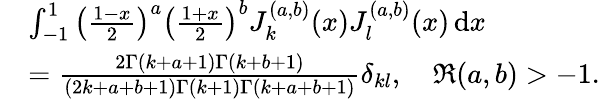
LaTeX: \begin{array}{rl}&{\int_{-1}^{1}\left(\frac{1-x}{2}\right)^{a}\left(\frac{1+x}{2}\right)^{b}J_{k}^{(a,b)}(x)J_{l}^{(a,b)}(x)\, \mathrm{d}x}\\ &{=\frac{2\Gamma(k+a+1)\Gamma(k+b+1)}{(2k+a+b+1)\Gamma(k+1)\Gamma(k+a+b+1)}\delta_{kl},\quad\Re(a,b)>-1.}\end{array}